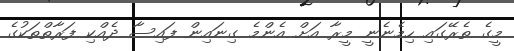
މީގެ ތެރޭގައި ހިމެނެނީ މީރާ އަށް އެންމެ ގިނައިން ފައިސާ ދެއްކި ފަރާތްތަކުގެ